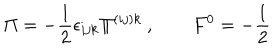
LaTeX: \Pi = - \frac { 1 } { 2 } \epsilon _ { i j k } \Pi ^ { ( i j ) k } \ , \qquad F ^ { 0 } = - \frac { 1 } { 2 }